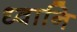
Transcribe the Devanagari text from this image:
ध्वानि